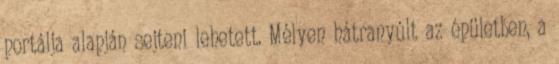
portálja alapján sejteni lehetett. Mélyen hátranyúlt az épületben, a